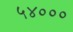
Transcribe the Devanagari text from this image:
५४०००